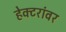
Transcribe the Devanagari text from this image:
हेक्टरांवर